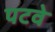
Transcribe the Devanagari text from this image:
पटवे